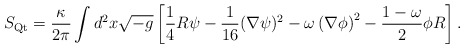
\begin{align*}S_{\rm Qt} = \frac{\kappa}{2\pi}\int d^2 x \/ \sqrt{-g}\left[ \frac14 R\psi-\frac{1}{16}(\nabla\psi)^2 -\omega\left(\nabla\phi\right)^2 - \frac{1-\omega}{2}\phi R\right].\end{align*}